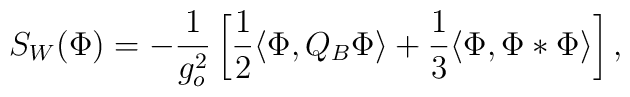
S_W(\Phi)=-\frac{1}{g_o^2}\left[\frac{1}{2}\langle\Phi,Q_B\Phi\rangle +\frac{1}{3}\langle\Phi,\Phi *\Phi\rangle\right],